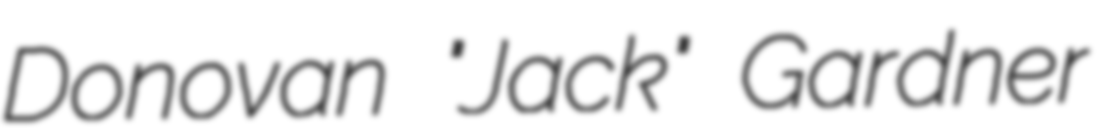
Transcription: Donovan "Jack" Gardner